Civil Veterinary Dept. Bombay admin report 1893-99 - 1893-1899
Year: 1893
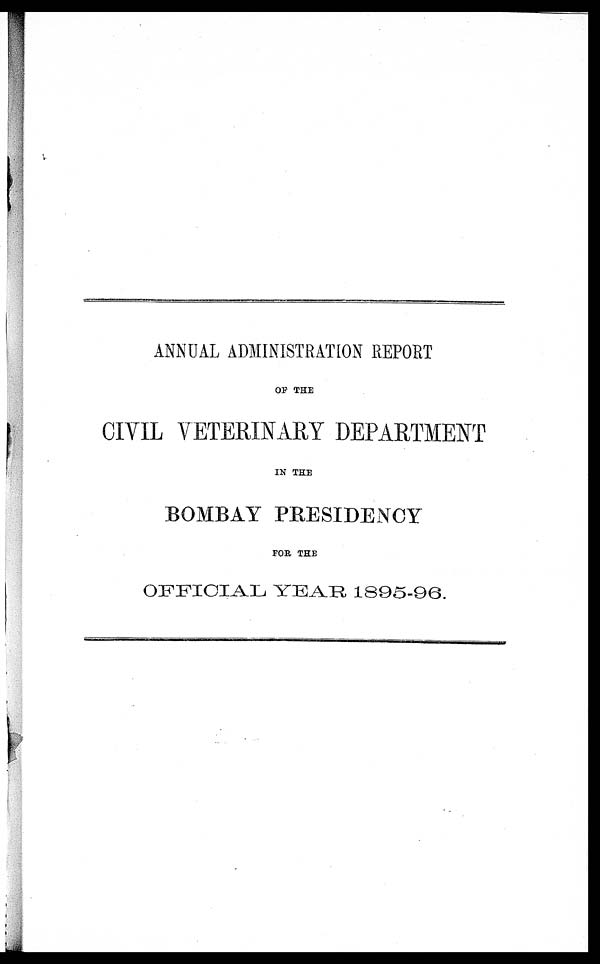
ANNUAL ADMINISTRATION REPORT
OF THE
CIVIL VETERINARY DEPARTMENT
IN THE
BOMBAY PRESIDENCY
FOR THE
OFFICIAL YEAR 1895-96.